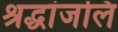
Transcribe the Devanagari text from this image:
श्रद्धांजलि